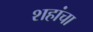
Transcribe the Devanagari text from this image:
शहांचा